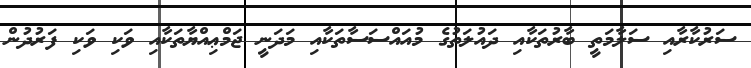
ސަރުކާރާއި ސަލާމަތީ ބާރުތަކާއި ދައުލަތުގެ މުއައްސަސާތަކާއި މަދަނީ ޖަމްޢިއްޔާތަކާއި ވަކި ވަކި ފަރުދުން